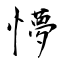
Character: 懜